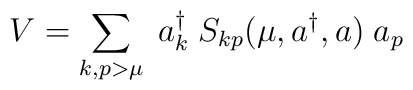
V=\sum_{k,p>\mu}\;a^{\dagger}_k\; S_{k p}(\mu,a^{\dagger},a)\; a_p